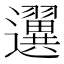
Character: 𨙒